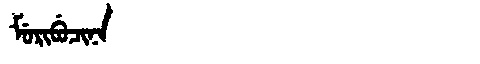
Manchu: ᠮᡠᡵᡳᠪᡠᠴᡳᠨᠠ
Romanization: MURIBUCINA